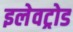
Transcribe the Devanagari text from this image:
इलेवट्रोड